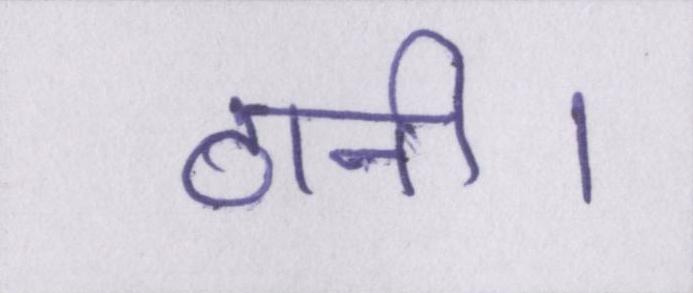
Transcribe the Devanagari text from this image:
ठानी।